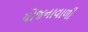
યોજનાવાળી